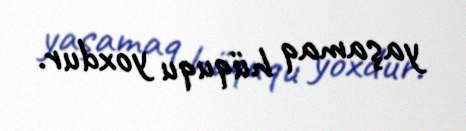
yaşamaq hüququ yoxdur.